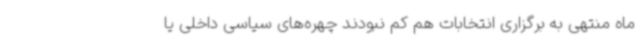
ماه منتهی به برگزاری انتخابات هم کم نبودند چهره‌های سیاسی داخلی یا